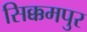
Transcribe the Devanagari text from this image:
सिक्कमपुर